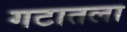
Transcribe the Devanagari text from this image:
गटातला